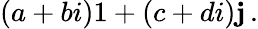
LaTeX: (a+bi)1+(c+di)\mathbf{j}\, .